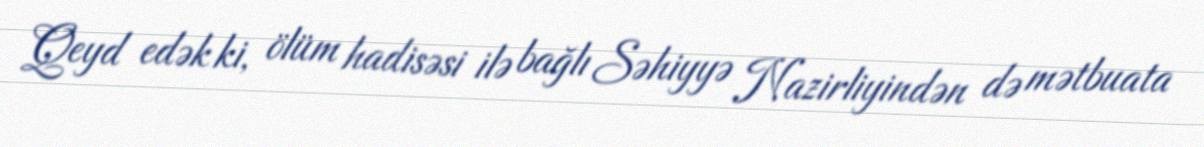
Qeyd edək ki, ölüm hadisəsi ilə bağlı Səhiyyə Nazirliyindən də mətbuata